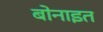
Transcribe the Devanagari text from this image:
बोनाइत